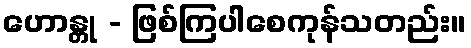
ဟောန္တု - ဖြစ်ကြပါစေကုန်သတည်း။